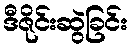
ဒီဇိုင်းဆွဲခြင်း